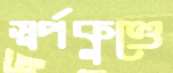
স্বর্পকুণ্ডে